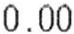
0.00